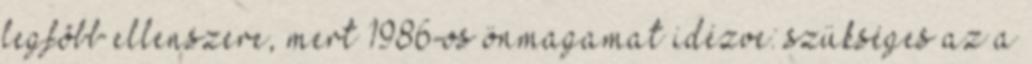
legfõbb ellenszere, mert 1986-os önmagamat idézve: szükséges az a